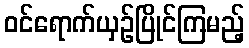
ဝင်ရောက်ယှဉ်ပြိုင်ကြမည့်